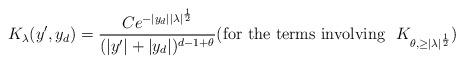
LaTeX: \begin{align*}K_\lambda (y',y_d) = \frac{C e^{-|y_d||\lambda|^\frac12}}{(|y'| +|y_d|)^{d-1+\theta}} ({\rm for~the ~terms~involving}~~K_{\theta,\geq |\lambda|^{\frac12}}) \end{align*}